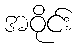
အဝိုင်း